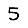
Digit: 5